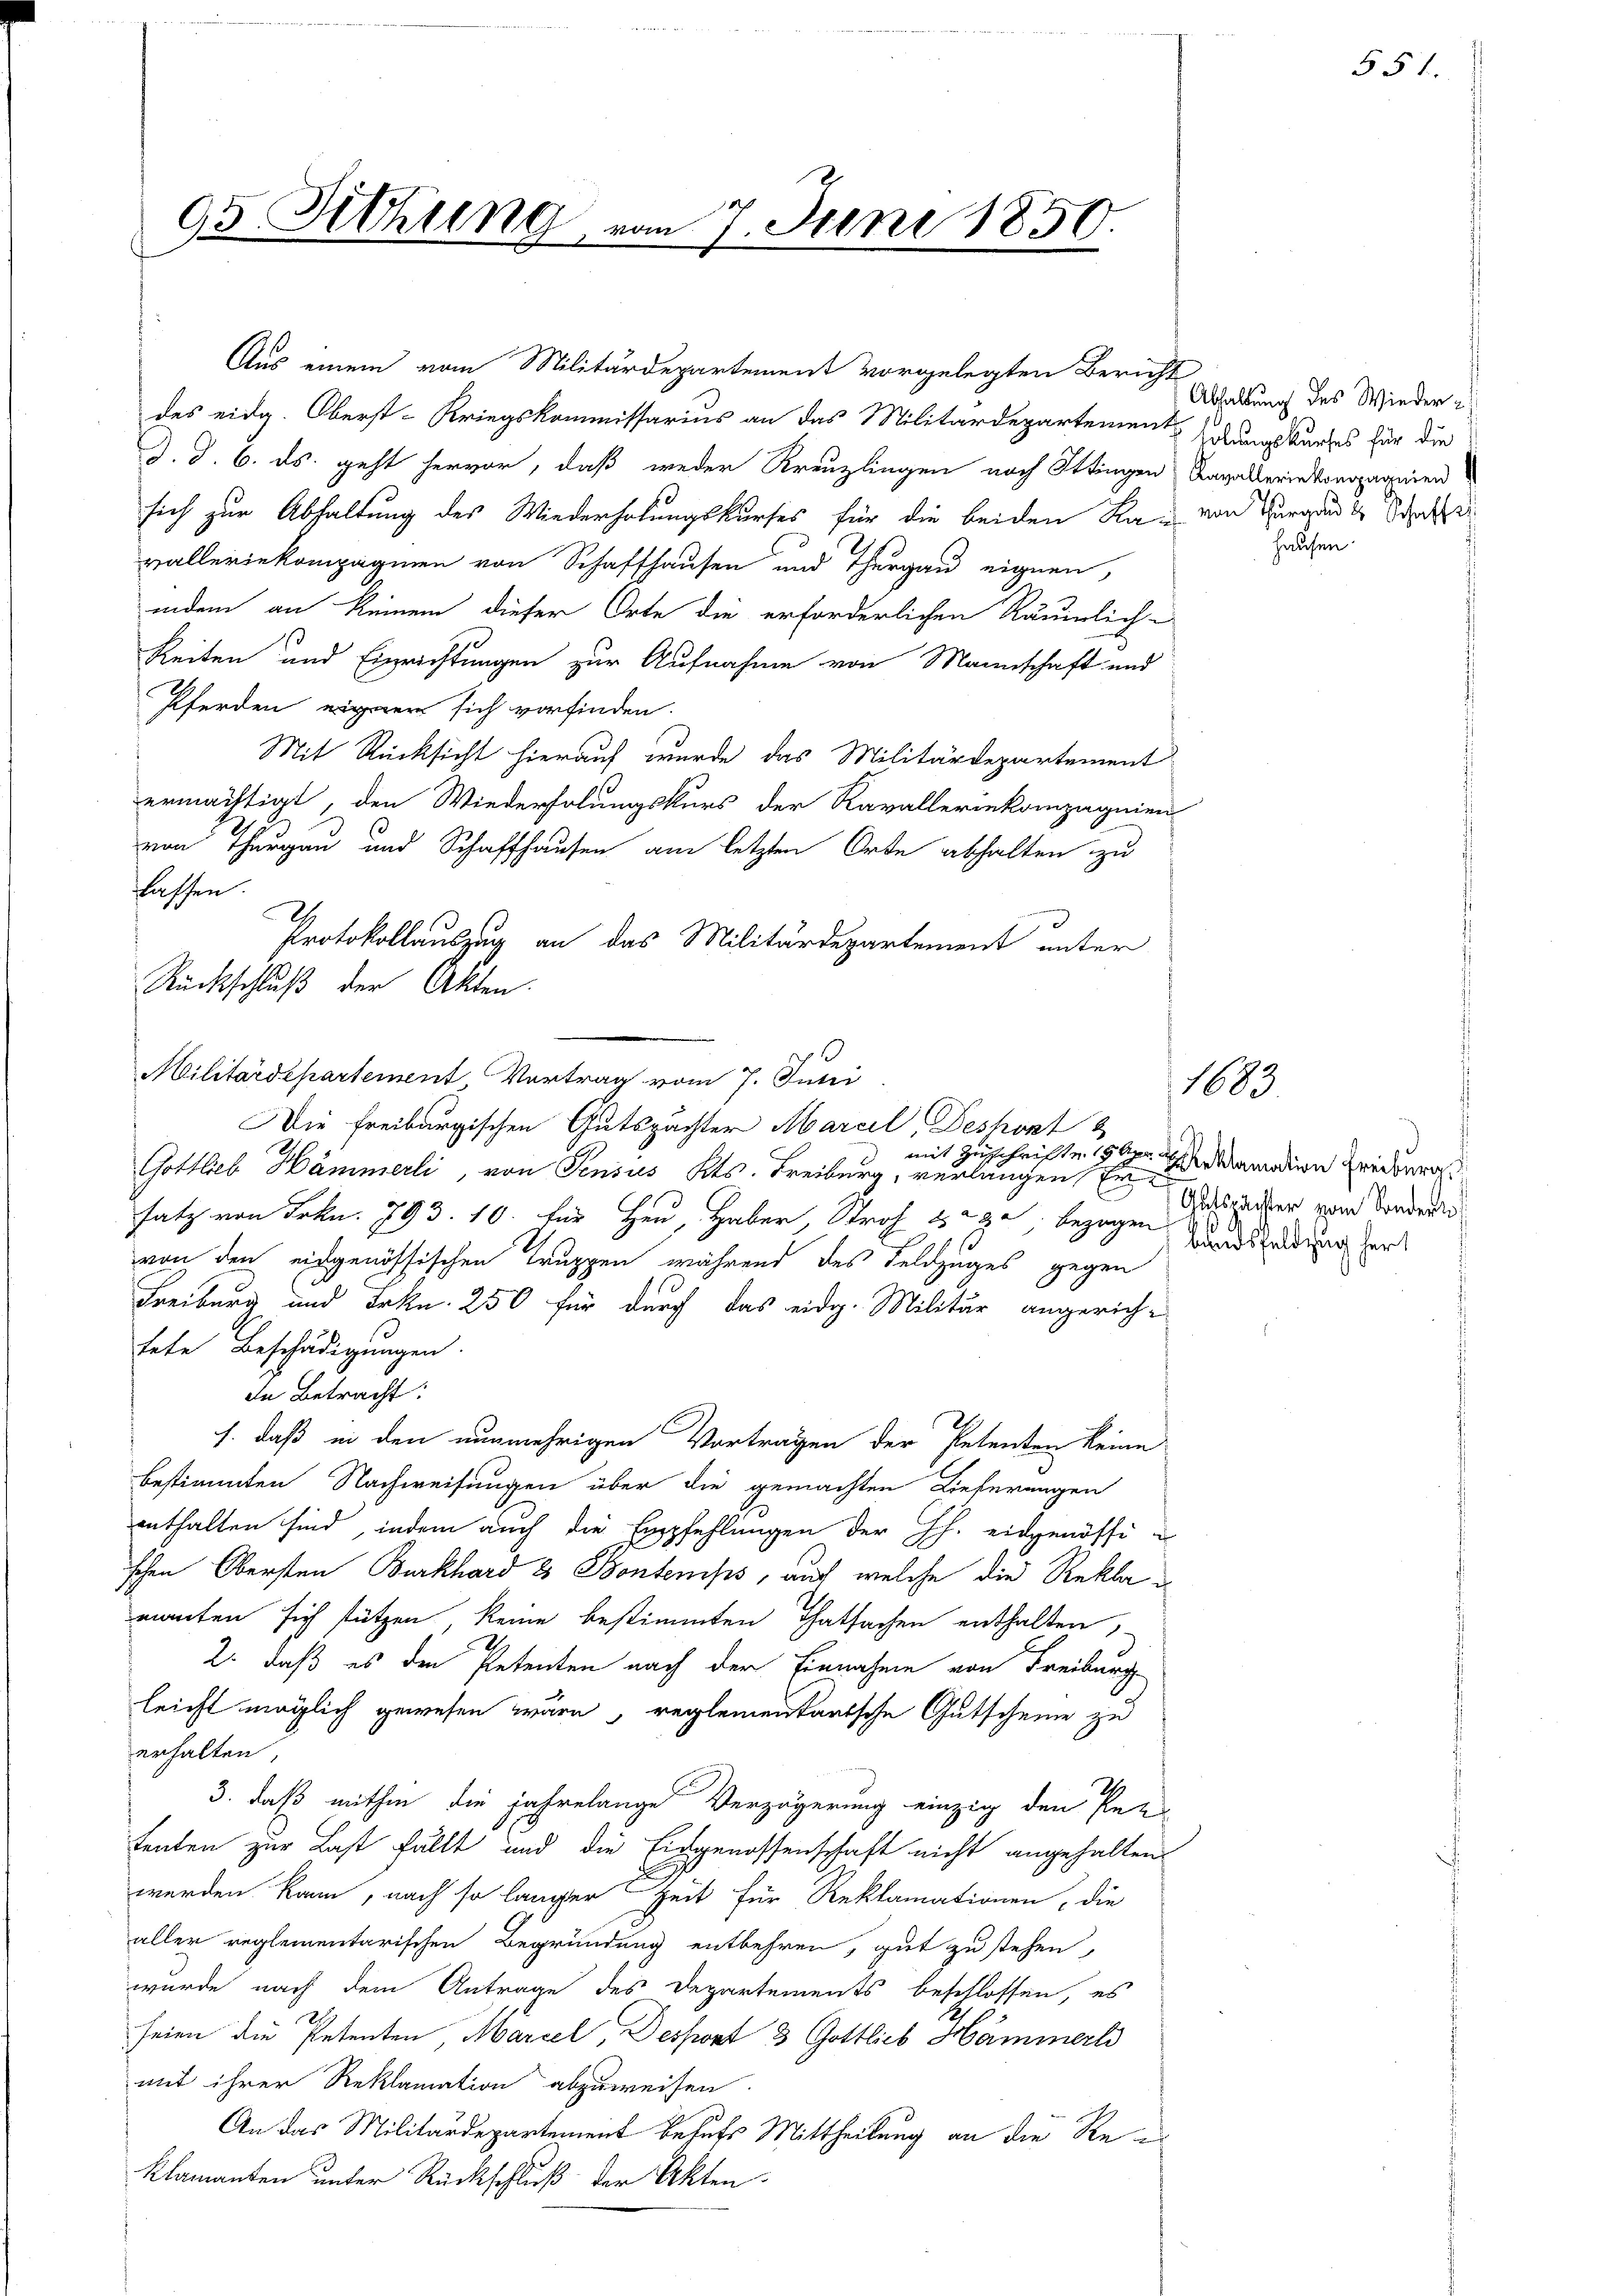
95. Sitzung, in

Aus einem vom Militärdepartement vorgelegten Bericht
des eidg. Oberst-Kriegskommissarius an das Militärdepartement Errungskurses für die
J. d. 6. ds. geht hervor, daß weder Kreuzlingen nach Ittingen Kavallerin kompagnien
sich zur Abhaltung des Wiederholungskurses für die beiden Ka- von Burgunde Schaffe
valleriekompagnien von Schaffhausen und Thurgau eignen,
indem an keinem dieser Orte die erforderlichen Räumlich-
Reiten und Einrichtungen zur Aufnahme von Mannschaft und
Pferden eiger sich vorfinden.
Mit Rücksicht hierauf wurde das Militärdepartement
ermächtigt, den Wiederholungskurs der Kavalleriekompagnien
von Thurgau und Schaffhausen am letzten Orte abhalten zu
lassen.
Protokollauszug an das Militärdepartement unter
Militärdepartement Vertrag vom 7. Juni
Gottlieb Hämmerli, von Pensus Kts. Freiburg, verlangen in dramation Freiburg
satz von Frkn. 793. 10. für Heu, Haber Straß & 232 bezogen Landszeitung her
von den eidgenössischen Truppen während des Feldzuges gegen
Freiburg und Frkn. 250 für durch das eidg. Militär angerich-
tete Beschädigungen.
In Betracht:
s. daß in den nunmehrigen Vortragen der Petenten keine
bestimmten Nachweisungen über die gemachten Lieferungen
enthalten sind, indem auch die Empfehlungen der J. eidgenössi
schen Obersten Burkhard 8 Pontemps, auch welche die Rekla
manten sich stützen keine bestimmten Thatsachen enthalten,
2. daß es den Petenten nach der Einnahme von Freiburg
leicht möglich gewesen wäre, reglementantsche Gutscheine zu
erhalten,
3. daß mithin die jahrelange Verzögerung einzig den Pet
tenten zur Last fällt und die Eidgenossenschaft nicht angehalten.
werden kann, nach so langer Zeit für Reklamationen die
aller reglementarischen Begründung entbehren, gut zu stehen,
wurde nach dem Antrage des Departements beschlossen, es
seien die Petenten, Marcel, Desport 3 Gottlieb Hämmerli
mit ihrer Reklamation abzuweisen
An das Militärdepartement behufs Mittheilung an die Re
klamanten unter Rückschluß der Akten.

I
Rückschluß der Akten.

27. Juni 1850.

Die Freiburgischen Gutspächter Marcil, Deshont
mit Zuschrifte 15 Apr

Abhaltung des Wieder¬
Hausen.

1683

Autsrächter vom Sondert

551.